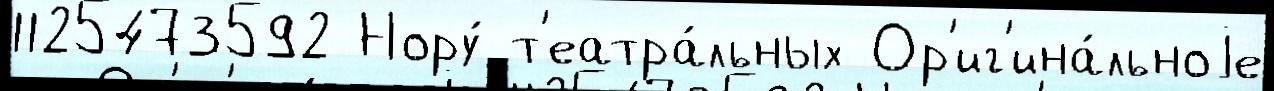
1125473592 Нору́ т'еатра́льных Ор'иг'ина́льноjе